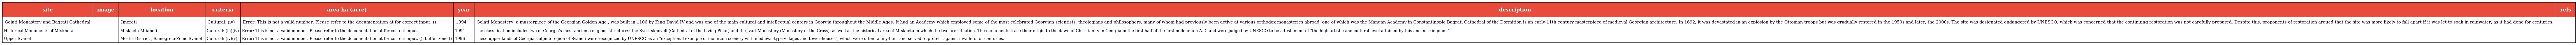
| site | image | location | criteria | area ha (acre) | year | description | refs |
 | --- | --- | --- | --- | --- | --- | --- | --- |
 | Gelati Monastery and Bagrati Cathedral |  | Imereti | Cultural: (iv) | Error: This is not a valid number. Please refer to the documentation at for correct input. () | 1994 | Gelati Monastery, a masterpiece of the Georgian Golden Age , was built in 1106 by King David IV and was one of the main cultural and intellectual centers in Georgia throughout the Middle Ages. It had an Academy which employed some of the most celebrated Georgian scientists, theologians and philosophers, many of whom had previously been active at various orthodox monasteries abroad, one of which was the Mangan Academy in Constantinople Bagrati Cathedral of the Dormition is an early-11th century masterpiece of medieval Georgian architecture. In 1692, it was devastated in an explosion by the Ottoman troops but was gradually restored in the 1950s and later, the 2000s. The site was designated endangered by UNESCO, which was concerned that the continuing restoration was not carefully prepared. Despite this, proponents of restoration argued that the site was more likely to fall apart if it was let to soak in rainwater, as it had done for centuries. |  |
 | Historical Monuments of Mtskheta |  | Mtskheta-Mtianeti | Cultural: (iii)(iv) | Error: This is not a valid number. Please refer to the documentation at for correct input.— | 1994 | The classification includes two of Georgia's most ancient religious structures: the Svetitskhoveli (Cathedral of the Living Pillar) and the Jvari Monastery (Monastery of the Cross), as well as the historical area of Mtskheta in which the two are situation. The monuments trace their origin to the dawn of Christianity in Georgia in the first half of the first millennium A.D. and were judged by UNESCO to be a testament of "the high artistic and cultural level attained by this ancient kingdom." |  |
 | Upper Svaneti |  | Mestia District , Samegrelo-Zemo Svaneti | Cultural: (iv)(v) | Error: This is not a valid number. Please refer to the documentation at for correct input. (); buffer zone () | 1996 | These upper lands of Georgia's alpine region of Svaneti were recognized by UNESCO as an "exceptional example of mountain scenery with medieval-type villages and tower-houses", which were often family-built and served to protect against invaders for centuries. |  |